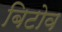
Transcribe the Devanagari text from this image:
बिटोव